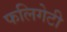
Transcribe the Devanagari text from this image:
फलिगेटी